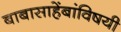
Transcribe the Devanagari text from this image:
बाबासाहेंबांविषयी